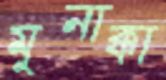
মুনাক্কা